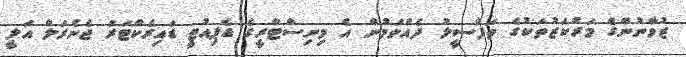
ޒުވާނުންގެ މަރުކަޒުތަކުގެ ތަފްސީލު ދެއްވަމުން އެ މިނިސްޓްރީގެ ޑެޕިއުޓީ ޑައިރެކްޓަރު ޖެނެރަލް އަލީ